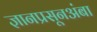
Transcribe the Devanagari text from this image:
ज्ञानप्रसूनअंबा